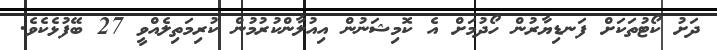
ދަށު ކޯޓުތަކަށް ފަނޑިޔާރުން ހޯދުމަށް އެ ކޮމިޝަނުން އިއުލާންކުރުމުން ކުރިމަތިލެއްވީ 27 ބޭފުޅެކެވެ.